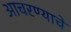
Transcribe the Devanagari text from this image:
आचरण्याचे